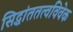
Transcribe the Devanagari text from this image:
सिद्धांततत्वविवेक